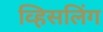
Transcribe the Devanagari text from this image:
व्हिसलिंग